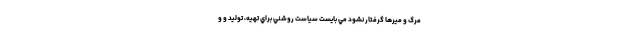
مرگ و میرها گرفتار نشود مي بايست سياست روشني براي تهیه، تولید و و